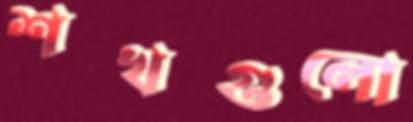
শখগুলো